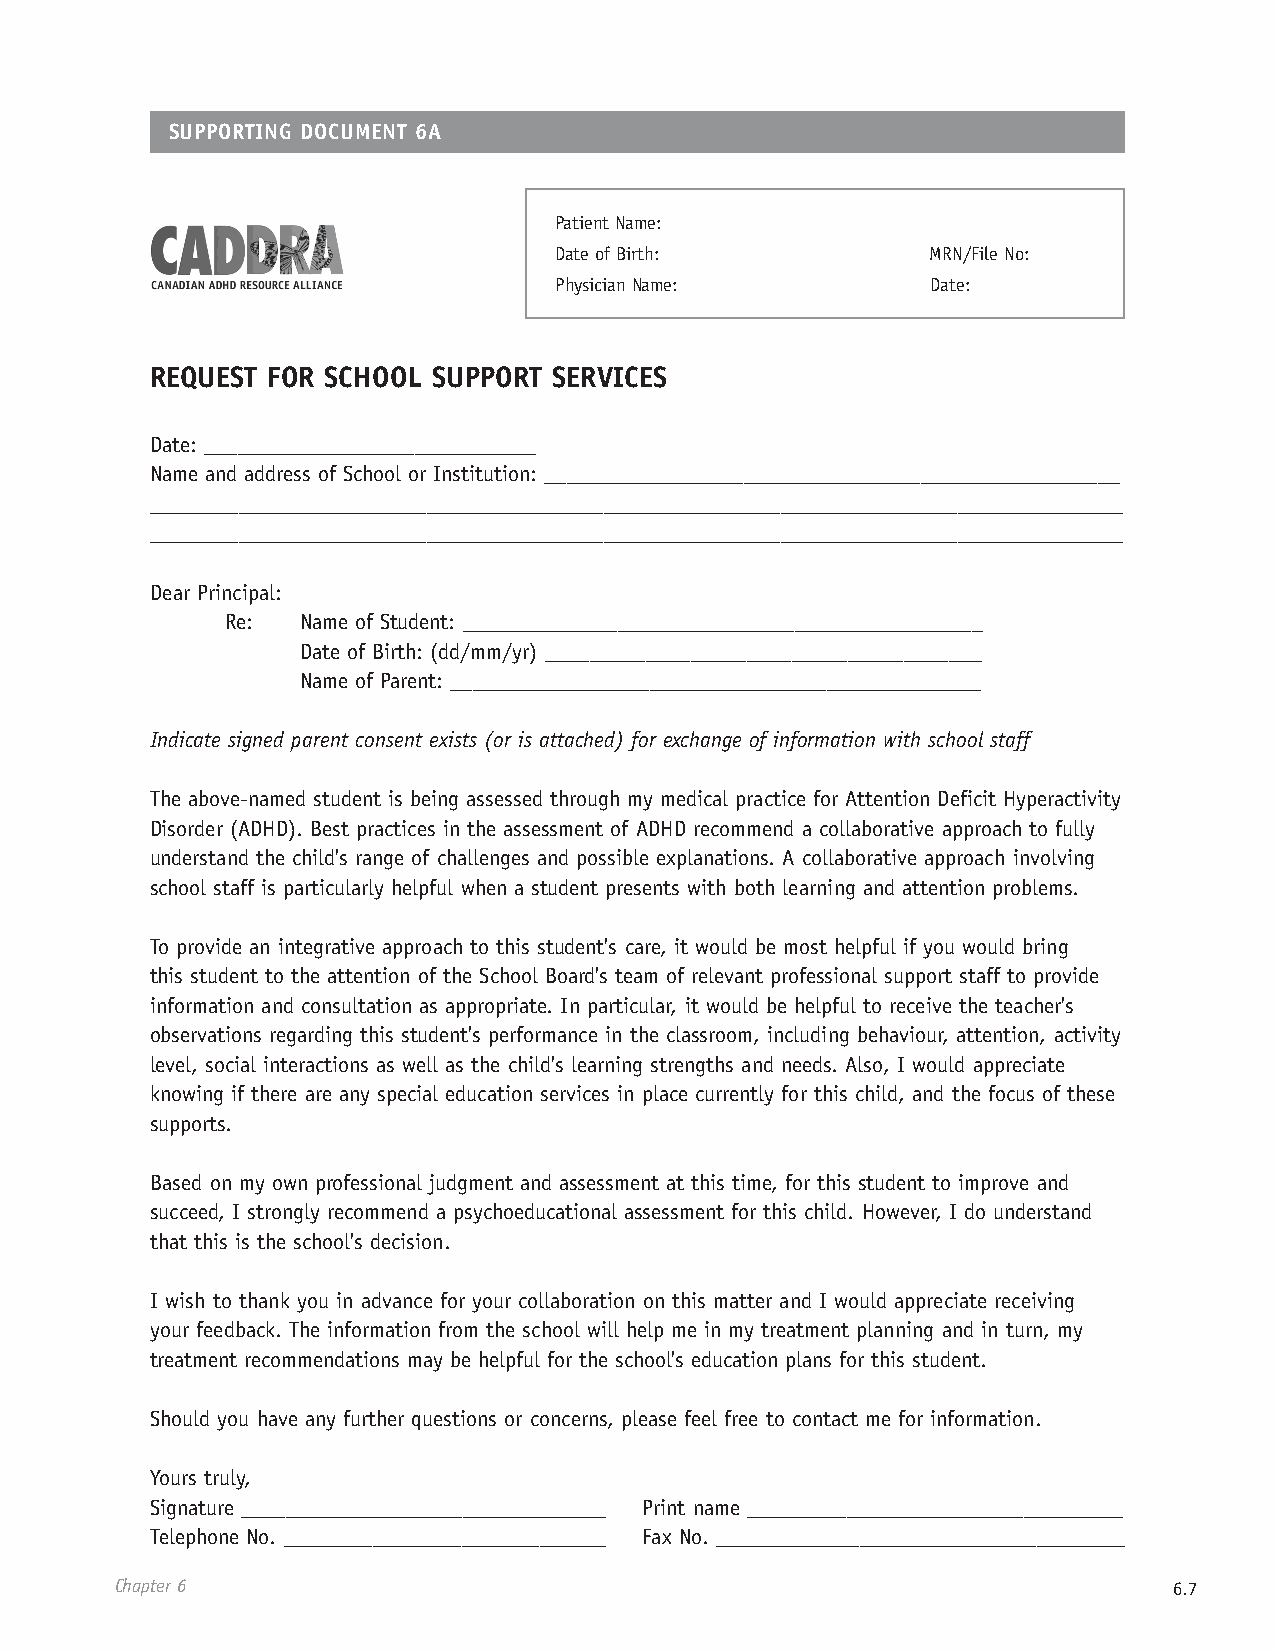
SUPPORTING DOCUMENT 6A
 Patient Name:
 Date of Birth:           MRN/File No:
 Physician Name:          Date:
 REQUEST FOR SCHOOL SUPPORT SERVICES
 Date: ______________________________
 Name and address of School or Institution: ____________________________________________________
 ________________________________________________________________________________________
 ________________________________________________________________________________________
 Dear Principal:
 Re:  Name of Student: _______________________________________________
 Date of Birth: (dd/mm/yr) _______________________________________
 Name of Parent: ________________________________________________
 Indicate signed parent consent exists (or is attached) for exchange of information with school staff
 The above-named student is being assessed through my medical practice for Attention Deficit Hyperactivity
 Disorder (ADHD). Best practices in the assessment of ADHD recommend a collaborative approach to fully
 understand the child's range of challenges and possible explanations. A collaborative approach involving
 school staff is particularly helpful when a student presents with both learning and attention problems.
 To provide an integrative approach to this student's care, it would be most helpful if you would bring
 this student to the attention of the School Board's team of relevant professional support staff to provide
 information and consultation as appropriate. In particular, it would be helpful to receive the teacher's
 observations regarding this student's performance in the classroom, including behaviour, attention, activity
 level, social interactions as well as the child's learning strengths and needs. Also, I would appreciate
 knowing if there are any special education services in place currently for this child, and the focus of these
 supports.
 Based on my own professional judgment and assessment at this time, for this student to improve and
 succeed, I strongly recommend a psychoeducational assessment for this child. However, I do understand
 that this is the school's decision.
 I wish to thank you in advance for your collaboration on this matter and I would appreciate receiving
 your feedback. The information from the school will help me in my treatment planning and in turn, my
 treatment recommendations may be helpful for the school's education plans for this student.
 Should you have any further questions or concerns, please feel free to contact me for information.
 Yours truly,
 Signature _________________________________ Print name __________________________________
 Telephone No. _____________________________ Fax No. _____________________________________
 Chapter 6                                                             6.7